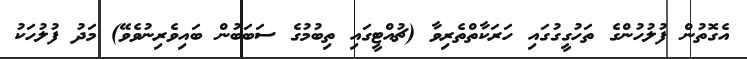
އެގޮތުން ފުލުހުންގެ ތަހުގީގުގައި ހަރަކާތްތެރިވާ (ޗުއްޓީގައި ތިބުމުގެ ސަބަބުން ބައިވެރިނުވެވޭ) މަދު ފުލުހަކު